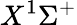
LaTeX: X^{1}\Sigma^{+}